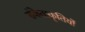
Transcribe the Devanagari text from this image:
संकेताकृतियों